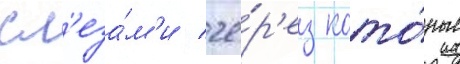
сл'еза́м'и / че́р'ез кото́рые